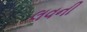
લવની